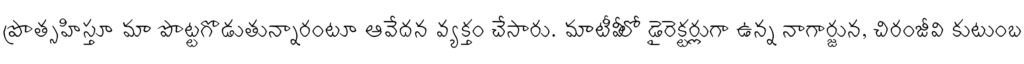
ప్రొత్సహిస్తూ మా పొట్టగొడుతున్నారంటూ ఆవేదన వ్యక్తం చేసారు. మాటీవీలో డైరెక్టర్లుగా ఉన్న నాగార్జున, చిరంజీవి కుటుంబ